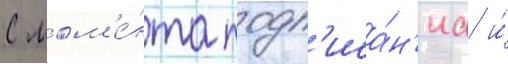
С мом'е́нта подп'иса́н'иа и́